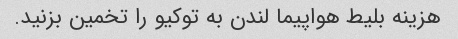
هزینه بلیط هواپیما لندن به توکیو را تخمین بزنید.